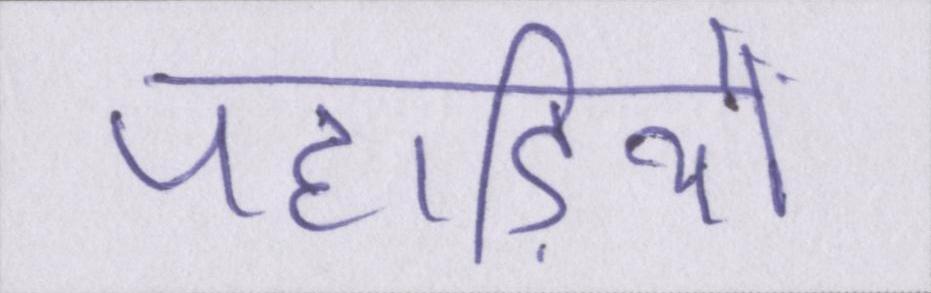
पहाड़ियो